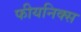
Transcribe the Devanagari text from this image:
फीयनिक्स